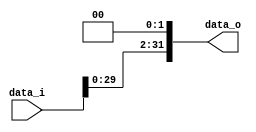
module Shift_Beq
(
    data_i,
    data_o
);

// Ports
input   [31:0]      data_i;
output  [31:0]      data_o;

assign data_o = {data_i<<2};

endmodule